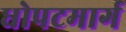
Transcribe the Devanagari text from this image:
धोपटमार्ग